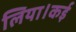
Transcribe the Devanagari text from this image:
लिया।कई